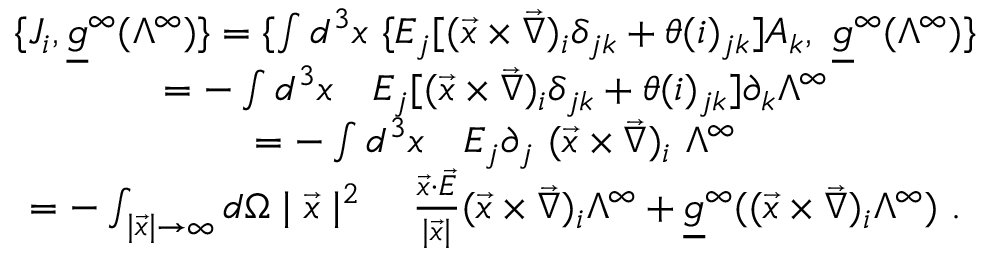
\begin{array} { c } { { \{ J _ { i } , \underline { { { g } } } ^ { \infty } ( \Lambda ^ { \infty } ) \} = \{ \int d ^ { 3 } x \ \{ E _ { j } [ ( \vec { x } \times \vec { \nabla } ) _ { i } \delta _ { j k } + \theta ( i ) _ { j k } ] A _ { k } , \ \underline { { { g } } } ^ { \infty } ( \Lambda ^ { \infty } ) \} } } \\ { { = - \int d ^ { 3 } x \quad E _ { j } [ ( \vec { x } \times \vec { \nabla } ) _ { i } \delta _ { j k } + \theta ( i ) _ { j k } ] \partial _ { k } \Lambda ^ { \infty } } } \\ { { = - \int d ^ { 3 } x \quad E _ { j } \partial _ { j } \ ( \vec { x } \times \vec { \nabla } ) _ { i } \ \Lambda ^ { \infty } } } \\ { { = - \int _ { \mid \vec { x } \mid \rightarrow \infty } d \Omega \mid \vec { x } \mid ^ { 2 } \quad \frac { \vec { x } \cdot \vec { E } } { \mid \vec { x } \mid } ( \vec { x } \times \vec { \nabla } ) _ { i } \Lambda ^ { \infty } + \underline { { { g } } } ^ { \infty } ( ( \vec { x } \times \vec { \nabla } ) _ { i } \Lambda ^ { \infty } ) \ . } } \end{array}